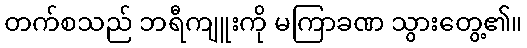
တက်စသည် ဘရီကျူးကို မကြာခဏ သွားတွေ့၏။